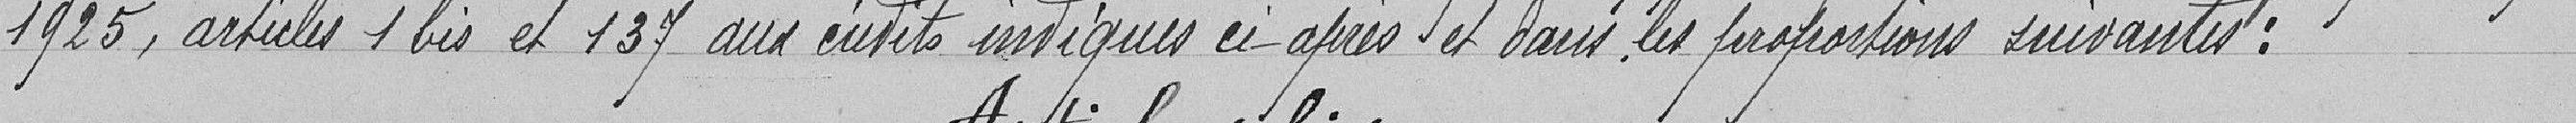
1925, article 1 bis et 137 aux écrits indiqués ci-après et dans les proportions suivantes :